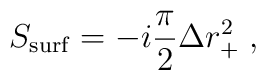
S_{\rm surf} = -i {\pi \over 2} \Delta r_+^2 \; ,